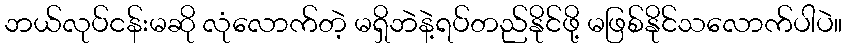
ဘယ်လုပ်ငန်းမဆို လုံလောက်တဲ့ မရှိဘဲနဲ့ရပ်တည်နိုင်ဖို့ မဖြစ်နိုင်သလောက်ပါပဲ။